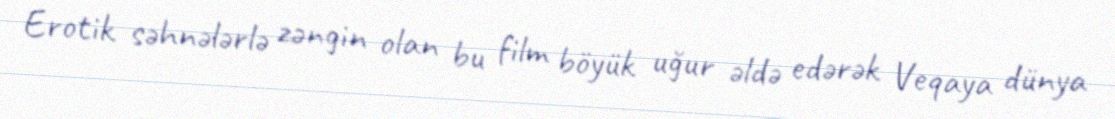
Erotik səhnələrlə zəngin olan bu film böyük uğur əldə edərək Veqaya dünya